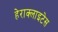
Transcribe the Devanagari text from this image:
हेराक्लाइटेस